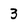
Character: 3